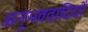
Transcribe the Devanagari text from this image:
अनूभववादियों